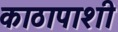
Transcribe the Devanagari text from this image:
काठापाशी